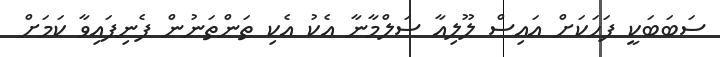
ސަބަބަކީ ފަހަކަށް އައިސް ލޫލިއާ ސަލްމާނާ އެކު އެކި ތަންތަނުން ފެނިފައިވާ ކަމަށް